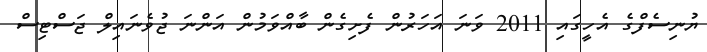
ޔުނިސެފްގެ އެހީގައި 2011 ވަނަ އަހަރުން ފެށިގެން ބާއްވަމުން އަންނަ ޖުވެނައިލް ޖަސްޓިސް